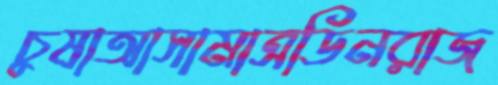
চুষাআসামাত্রডিনরাজ